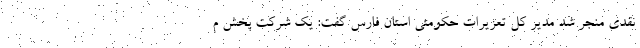
نقدی منجر شد مدیر کل تعزیرات حکومتی استان فارس گفت: یک شرکت پخش م